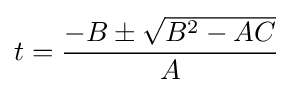
t={\frac {-B\pm {\sqrt {{B}^{2}-AC}}}{A}}